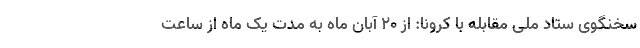
سخنگوی ستاد ملی مقابله با کرونا: از ۲۰ آبان ماه به مدت یک ماه از ساعت